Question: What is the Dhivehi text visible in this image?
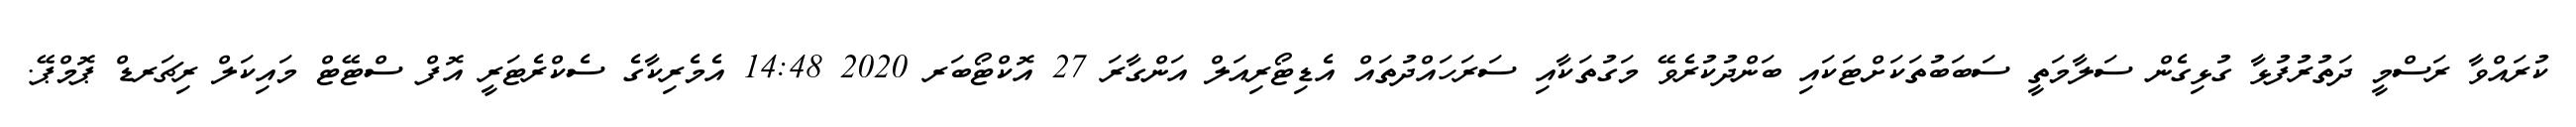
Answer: ކުރައްވާ ރަސްމީ ދަތުރުފުޅާ ގުޅިގެން ސަލާމަތީ ސަބަބުތަކަށްޓަކައި ބަންދުކުރެވޭ މަގުތަކާއި ސަރަހައްދުތައް އެޑިޓޯރިއަލް އަންގާރަ 27 އޮކްޓޯބަރ 2020 14:48 އެމެރިކާގެ ސެކްރެޓަރީ އޮފް ސްޓޭޓް މައިކަލް ރިޗަރޑް ޕޮމްޕޭ.